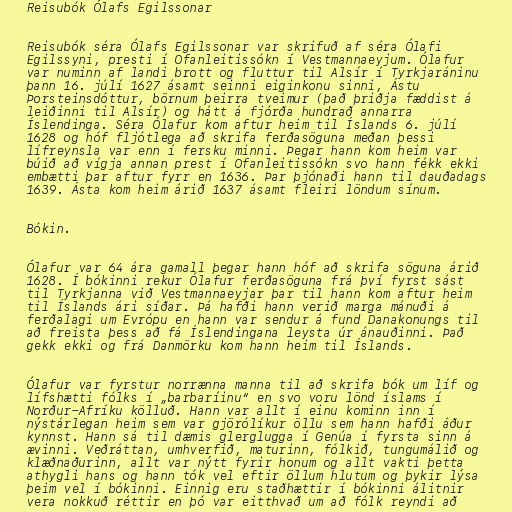
Reisubók Ólafs Egilssonar

Reisubók séra Ólafs Egilssonar var skrifuð af séra Ólafi
Egilssyni, presti í Ofanleitissókn í Vestmannaeyjum. Ólafur
var numinn af landi brott og fluttur til Alsír í Tyrkjaráninu
þann 16. júlí 1627 ásamt seinni eiginkonu sinni, Ástu
Þorsteinsdóttur, börnum þeirra tveimur (það þriðja fæddist á
leiðinni til Alsír) og hátt á fjórða hundrað annarra
Íslendinga. Séra Ólafur kom aftur heim til Íslands 6. júlí
1628 og hóf fljótlega að skrifa ferðasöguna meðan þessi
lífreynsla var enn í fersku minni. Þegar hann kom heim var
búið að vígja annan prest í Ofanleitissókn svo hann fékk ekki
embætti þar aftur fyrr en 1636. Þar þjónaði hann til dauðadags
1639. Ásta kom heim árið 1637 ásamt fleiri löndum sínum.

Bókin.

Ólafur var 64 ára gamall þegar hann hóf að skrifa söguna árið
1628. Í bókinni rekur Ólafur ferðasöguna frá því fyrst sást
til Tyrkjanna við Vestmannaeyjar þar til hann kom aftur heim
til Íslands ári síðar. Þá hafði hann verið marga mánuði á
ferðalagi um Evrópu en hann var sendur á fund Danakonungs til
að freista þess að fá Íslendingana leysta úr ánauðinni. Það
gekk ekki og frá Danmörku kom hann heim til Íslands.

Ólafur var fyrstur norrænna manna til að skrifa bók um líf og
lífshætti fólks í „barbaríinu“ en svo voru lönd íslams í
Norður-Afríku kölluð. Hann var allt í einu kominn inn í
nýstárlegan heim sem var gjörólíkur öllu sem hann hafði áður
kynnst. Hann sá til dæmis glerglugga í Genúa í fyrsta sinn á
ævinni. Veðráttan, umhverfið, maturinn, fólkið, tungumálið og
klæðnaðurinn, allt var nýtt fyrir honum og allt vakti þetta
athygli hans og hann tók vel eftir öllum hlutum og þykir lýsa
þeim vel í bókinni. Einnig eru staðhættir í bókinni álitnir
vera nokkuð réttir en þó var eitthvað um að fólk reyndi að